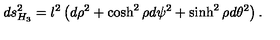
d s _ { H _ { 3 } } ^ { 2 } = l ^ { 2 } \left( d \rho ^ { 2 } + \cosh ^ { 2 } \rho d \psi ^ { 2 } + \sinh ^ { 2 } \rho d \theta ^ { 2 } \right) .